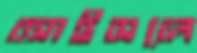
আইসলে